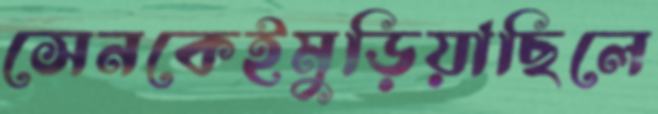
সেনকেইমুড়িয়াছিলে